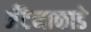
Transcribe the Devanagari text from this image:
अँटेनाकाडे